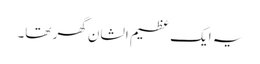
یہ ایک عظیم الشان گھر تھا۔